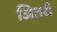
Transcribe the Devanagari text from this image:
जितरी